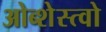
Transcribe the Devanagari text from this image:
ओब्शेस्त्वो